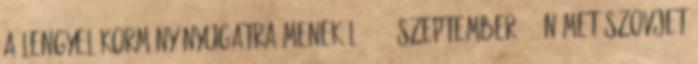
a lengyel kormány nyugatra menekül 1939. szeptember 28. német-szovjet